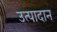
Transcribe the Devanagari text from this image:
उत्पादान